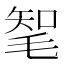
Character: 㲛